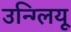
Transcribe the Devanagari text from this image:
उन्ग्लियू